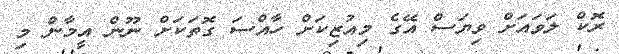
ރޮކް ލަވައަށް ވިޔަސް އޭގެ މިއުޒިކަށް ހާއްސަ ގޮތަކަށް ނޫން އީމާން މި